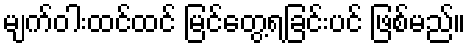
မျက်ဝါးထင်ထင် မြင်တွေ့ရခြင်းပင် ဖြစ်မည်။